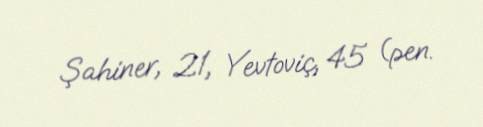
Şahiner, 21, Yevtoviç, 45 (pen.